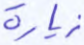
زيارة